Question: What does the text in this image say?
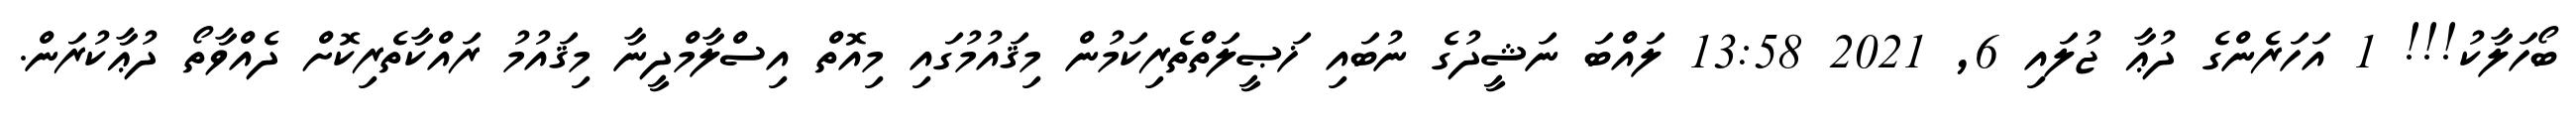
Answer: ބޯހަލާކު!!! 1 އަހަރެންގެ ދުޢާ ޖުލައި 6, 2021 13:58 ލައްބަ ނަޝީދުގެ ނުބައި ޚަޞީލަތްތެރިކަމުން މިޤައުމުގައި މިއޮތް އިސްލާމްދީނާ މިޤައުމު ރައްކާތެރިކޮށް ދެއްވާތޯ ދުޢާކުރަން.